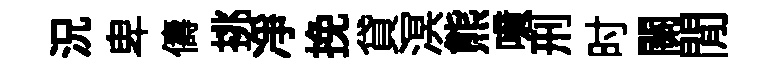
況卑儔挑净挽貸溟熊噫刑时關閒